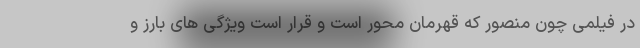
در فیلمی چون منصور که قهرمان محور است و قرار است ویژگی های بارز و